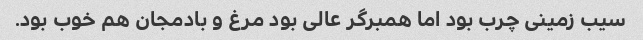
سیب زمینی چرب بود اما همبرگر عالی بود مرغ و بادمجان هم خوب بود.